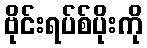
ဗိုင်းရပ်စ်ပိုးကို